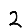
Digit: 2